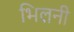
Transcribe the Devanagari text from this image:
भिलनी